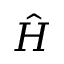
\hat { H }